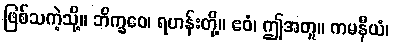
ဖြစ်သကဲ့သို့။ ဘိက္ခဝေ၊ ရဟန်းတို့။ ဧဝံ၊ ဤအတူ။ ကမနီယံ၊